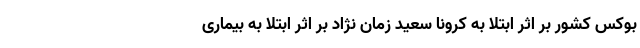
بوکس کشور بر اثر ابتلا به کرونا سعید زمان نژاد بر اثر ابتلا به بیماری